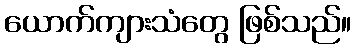
ယောက်ကျားသံတွေ ဖြစ်သည်။